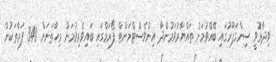
ވިދާޅުވީ ސިންގަޕޫރުގައި ބޭއްވުމަށް ތައްޔާރުވަމުންދާ އިންވެސްޓްމަންޓް ފޯރަމްގައި ބައިވެރިވުމަށް މިހާތަނަށް 340 ފަރާތަކުން